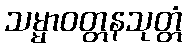
သမ္မာဝတ္တနသုတ္တံ